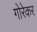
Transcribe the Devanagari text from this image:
गोरेकर